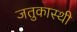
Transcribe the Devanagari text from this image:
जतुकास्थी